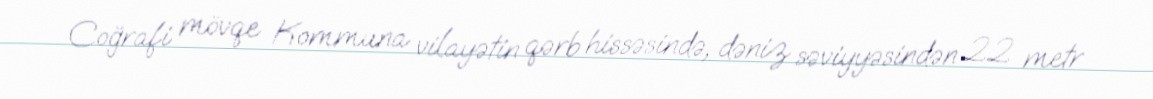
Coğrafi mövqe Kommuna vilayətin qərb hissəsində, dəniz səviyyəsindən 22 metr